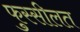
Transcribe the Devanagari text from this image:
फुस्सीलत